Vaccination in Bombay 1924-1928 - 1924-1928
Year: 1924
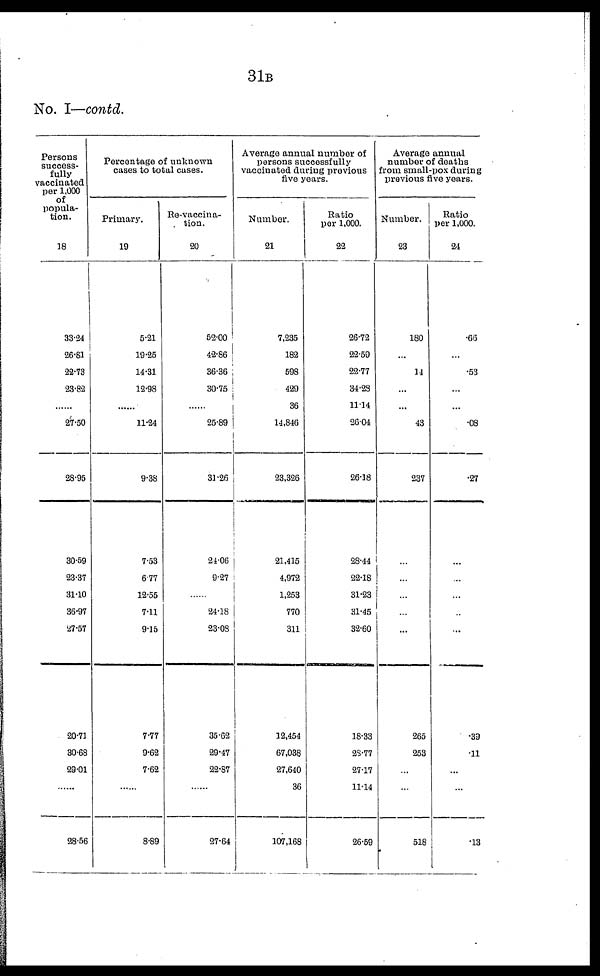
31B
No. I—contd.
Persons
success-
fully
vaccinated
per 1,000
of
popula-
tion.
18
33.24
26.81
22.73
23.82
......
27.50
28.95
30.59
23.37
31.10
36.97
27.57
20.71
30.68
29.01
......
28.56
Percentage of unknown
cases to total cases.
Primary.
19
5.21
19.25
14.31
12.98
......
11.24
9.38
7.53
6.77
12.55
7.11
9.15
7.77
9.62
7.62
......
8.89
Re-vaccina-
tion.
20
52.00
42.86
36.36
30.75
25.89
31.26
24.06
9.27
......
24.18
23.08
35.62
29.47
22.87
......
27.64
Average annual number of
persons successfully
vaccinated during previous
five years.
Number.
21
7,235
182
598
429
36
14,846
23,326
21,415
4,972
1,253
770
311
12,454
67,038
27,640
36
107,168
Ratio
per 1,000.
22
26.72
22.59
22.77
34.28
11.14
26.04
26.18
28.44
22.18
31.23
31.45
32.60
18.33
28.77
27.17
11.14
26.59
Average annual
number of deaths
from small-pox during
previous five years.
Number.
23
180
...
14
...
...
43
237
...
...
...
...
...
265
253
...
...
518
Ratio
per 1,000.
24
.66
...
.53
...
...
.08
.27
...
...
...
...
...
.39
.11
...
...
.13